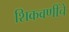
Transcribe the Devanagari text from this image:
शिकवणींचे